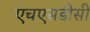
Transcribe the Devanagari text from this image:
एचएसडीसी